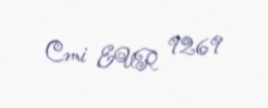
Cəmi EUR 9269